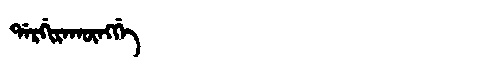
Manchu: ᡩᠠᡵᡤᡳᡵᠠᡴᡡᠩᡤᡝ
Romanization: DARGIRAKŪNGGE